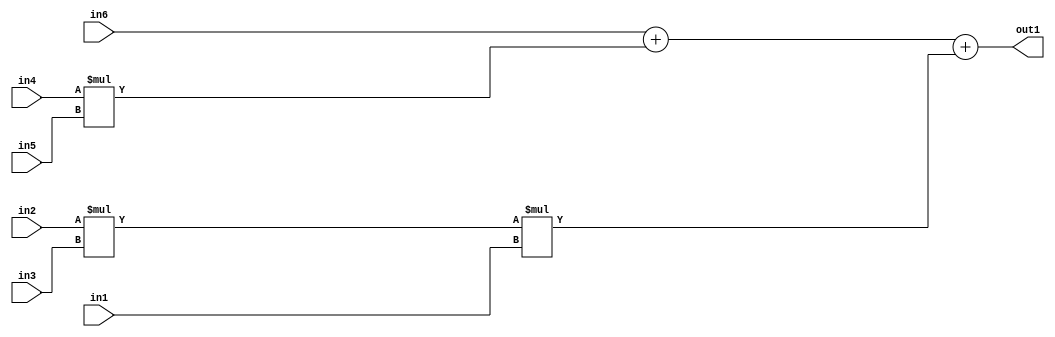
`timescale 1ps / 1ps
/*****************************************************************************
    Verilog RTL Description
    
    
    Created by: Stratus DpOpt 2019.1.01 
*******************************************************************************/

module st_weight_addr_gen_Add3Mul3u16u16u16Mul2u16u16u16_4_8 (
	in6,
	in5,
	in4,
	in3,
	in2,
	in1,
	out1
	); /* architecture "behavioural" */ 
input [15:0] in6,
	in5,
	in4,
	in3,
	in2,
	in1;
output [31:0] out1;
wire [31:0] asc001,
	asc002;

assign asc002 = 
	+(in2 * in3);

wire [31:0] asc001_tmp_0;
wire [31:0] asc001_tmp_1;
assign asc001_tmp_1 = 
	+(in6);
assign asc001_tmp_0 = asc001_tmp_1
	+(in4 * in5);
assign asc001 = asc001_tmp_0
	+(asc002 * in1);

assign out1 = asc001;
endmodule

/* CADENCE  v7T4Sw8= : u9/ySgnWtBlWxVPRXgAZ4Og= ** DO NOT EDIT THIS LINE ******/